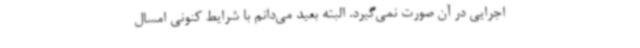
اجرایی در آن صورت نمی‌گیرد. البته بعید می‌دانم با شرایط کنونی امسال